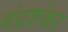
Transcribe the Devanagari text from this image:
चंद्रशंकर